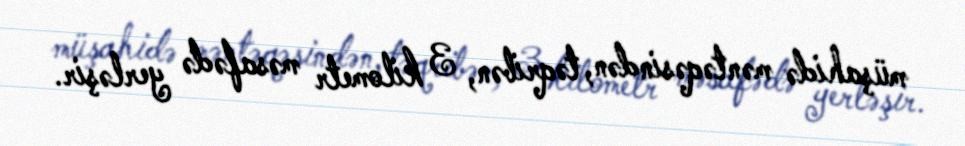
müşahidə məntəqəsindən, təqribən, 3 kilometr məsafədə yerləşir.